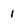
Character: 1